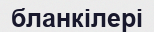
бланкілері